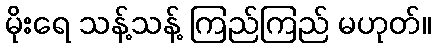
မိုးရေ သန့်သန့် ကြည်ကြည် မဟုတ်။